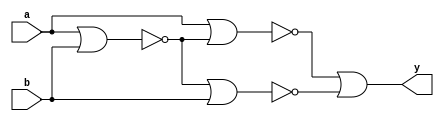
`timescale 1ns / 1ps
//////////////////////////////////////////////////////////////////////////////////
// Company: 
// Engineer: 
// 
// Design Name: 
// Module Name: xor_nor
// Project Name: 
// Target Devices: 
// Tool Versions: 
// Description: 
// 
// Dependencies: 
// 
// Revision:
// Revision 0.01 - File Created
// Additional Comments:
// 
//////////////////////////////////////////////////////////////////////////////////


module xor_nor(input a, b, output y);

wire temp1, temp2, temp3, temp4;

nor nr10(temp1, a, b);
nor nr11(temp2, a, temp1);
nor nr12(temp3, temp1, b);
nor nr13(temp4, temp2, temp3);
nor nr14(y, temp4, temp4);

endmodule